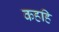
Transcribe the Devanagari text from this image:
कहहि